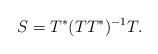
LaTeX: \begin{align*}S=T^*(TT^*)^{-1}T.\end{align*}